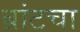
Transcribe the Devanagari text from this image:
ब्रांटचा